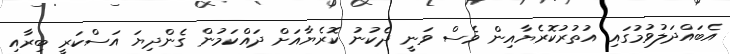
އެބައްދަލުވުމުގައި އުތުރުކޮރެޔާއިން ވެސް ވަނީ ދެކުނު ކޮރެޔާއަށް ދައްކަމުން ގެންދިޔަ އަސްކަރީ ބިރާއި